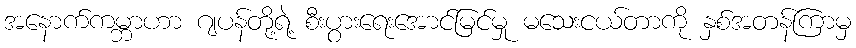
အနောက်ကမ္ဘာဟာ ဂျပန်တို့ရဲ့ စီးပွားရေးအောင်မြင်မှု မသေးငယ်တာကို နှစ်အတန်ကြာမှ